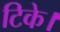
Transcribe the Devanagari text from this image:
टिके।